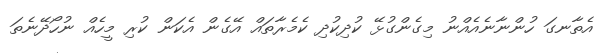
އެތާނގަ ހުންނާނެއެއްނު މިގެންގުޅޭ ކުދިކުދި ކެމެރާތައް އޭގެން އެކަން ކުރި މީހެއް ނުހޯދޭނެތަ